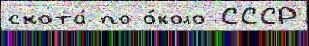
скота́ по о́коло СССР